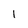
Character: 1